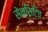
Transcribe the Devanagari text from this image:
सेन्सिटिव